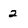
Character: 2